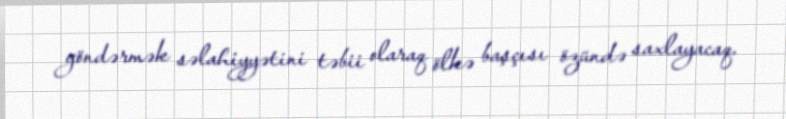
göndərmək səlahiyyətini təbii olaraq ölkə başçısı özündə saxlayacaq.